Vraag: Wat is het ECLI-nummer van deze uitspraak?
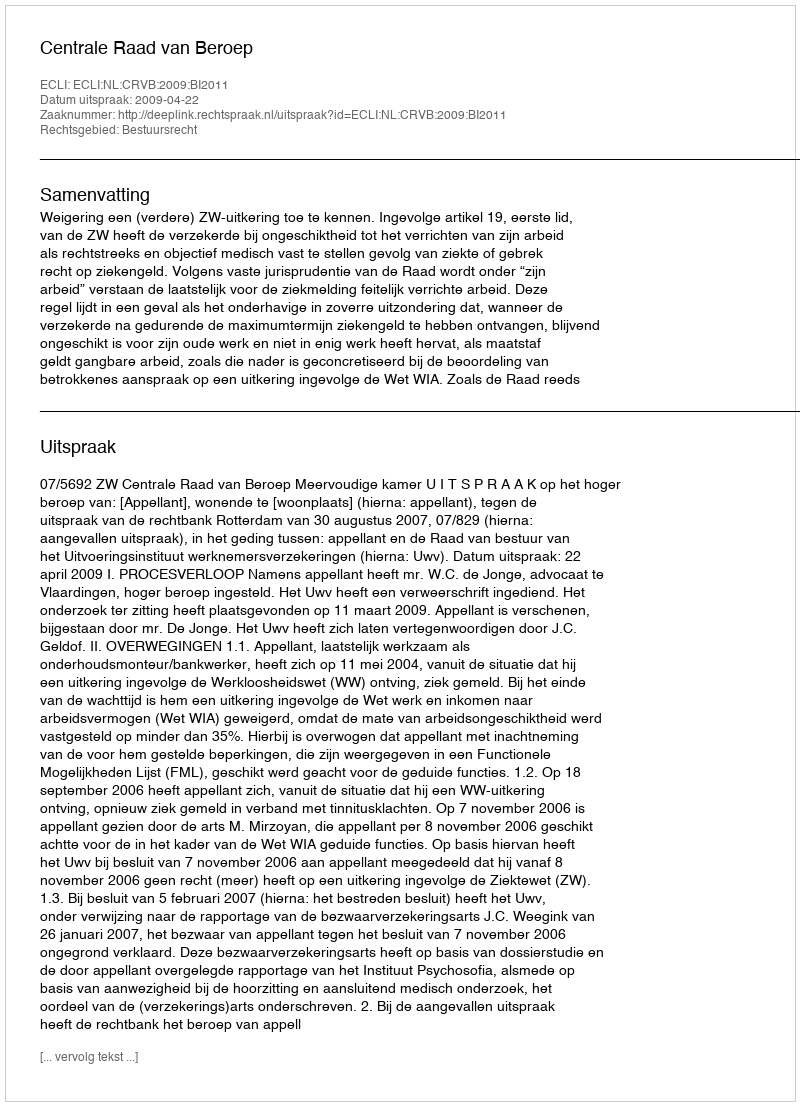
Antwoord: ECLI:NL:CRVB:2009:BI2011